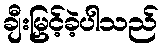
ချီးမြှင့်ခဲ့ပါသည်